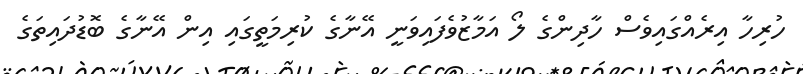
ހުރިހާ އިރެއްގައިވެސް ހާދިންގެ ލޯ އަމާޒުވެފައިވަނީ އޭނާގެ ކުރިމަތީގައި އިން އޭނާގެ ބޮޑުދައިތަގެ